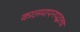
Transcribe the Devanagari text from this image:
कालमापनपद्धतच